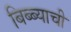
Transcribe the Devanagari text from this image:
बिब्ब्याची